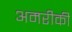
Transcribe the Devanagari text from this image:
अमरीकी